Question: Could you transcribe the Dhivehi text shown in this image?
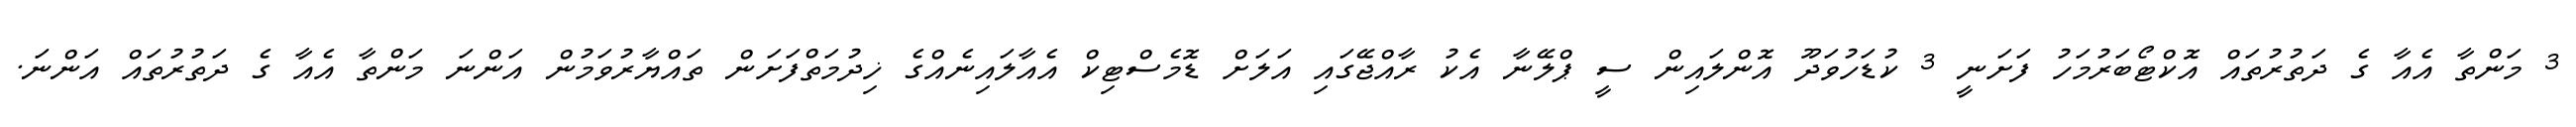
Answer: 3 މަންތާ އެއާ ގެ ދަތުރުތައް އޮކްޓޯބަރުމަހު ފަށަނީ 3 ކުޑަހުވަދޫ އޮންލައިން ސީ ޕްލޭނާ އެކު ރާއްޖޭގައި އަލަށް ޑޮމެސްޓިކް އެއާލައިނެއްގެ ޚިދުމަތްފަށަން ތައްޔާރުވަމުން އަންނަ މަންތާ އެއާ ގެ ދަތުރުތައް އަންނަ.